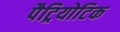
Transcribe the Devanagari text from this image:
पैट्रियोटिक